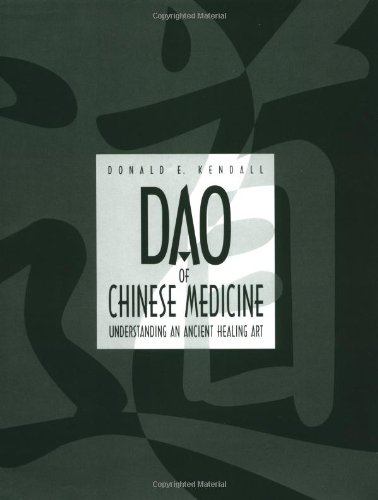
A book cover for Dao of Chinese Medicine: Understanding an Ancient Healing Art; Donald Edward Kendall; Medical Books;